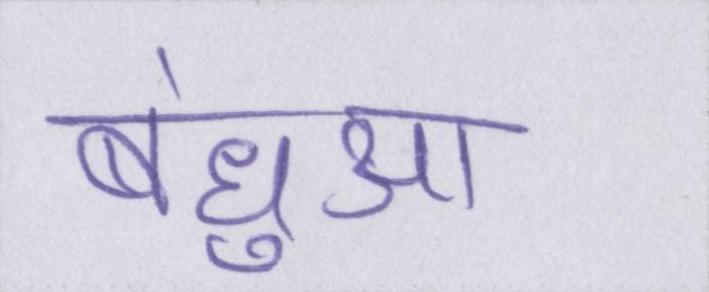
बंधुआ